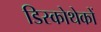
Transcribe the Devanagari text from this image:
डिस्कोथेकों